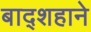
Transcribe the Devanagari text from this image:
बाद्शहाने